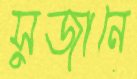
সুজানে